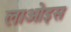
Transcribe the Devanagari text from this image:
लाओइस